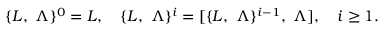
\{ L , \ \Lambda \} ^ { 0 } = L , \quad \{ L , \ \Lambda \} ^ { i } = [ \{ L , \ \Lambda \} ^ { i - 1 } , \ \Lambda ] , \quad i \ge 1 .